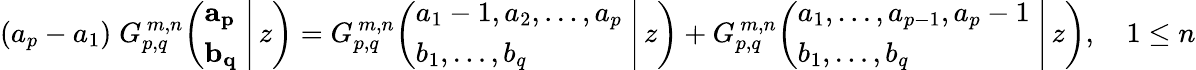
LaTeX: (a_{p}-a_{1})\; G_{p,q}^{\, m,n}\! \left(\left.{\begin{array}{l}{\mathbf{a_{p}}}\\ {\mathbf{b_{q}}}\end{array}}\; \right|\, z\right)=G_{p,q}^{\, m,n}\! \left(\left.{\begin{array}{l}{a_{1}-1,a_{2},\dots,a_{p}}\\ {b_{1},\dots,b_{q}}\end{array}}\; \right|\, z\right)+G_{p,q}^{\, m,n}\! \left(\left.{\begin{array}{l}{a_{1},\dots,a_{p-1},a_{p}-1}\\ {b_{1},\dots,b_{q}}\end{array}}\; \right|\, z\right),\quad 1\leq n